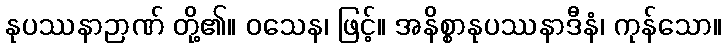
နုပဿနာဉာဏ် တို့၏။ ဝသေန၊ ဖြင့်။ အနိစ္စာနုပဿနာဒီနံ၊ ကုန်သော။